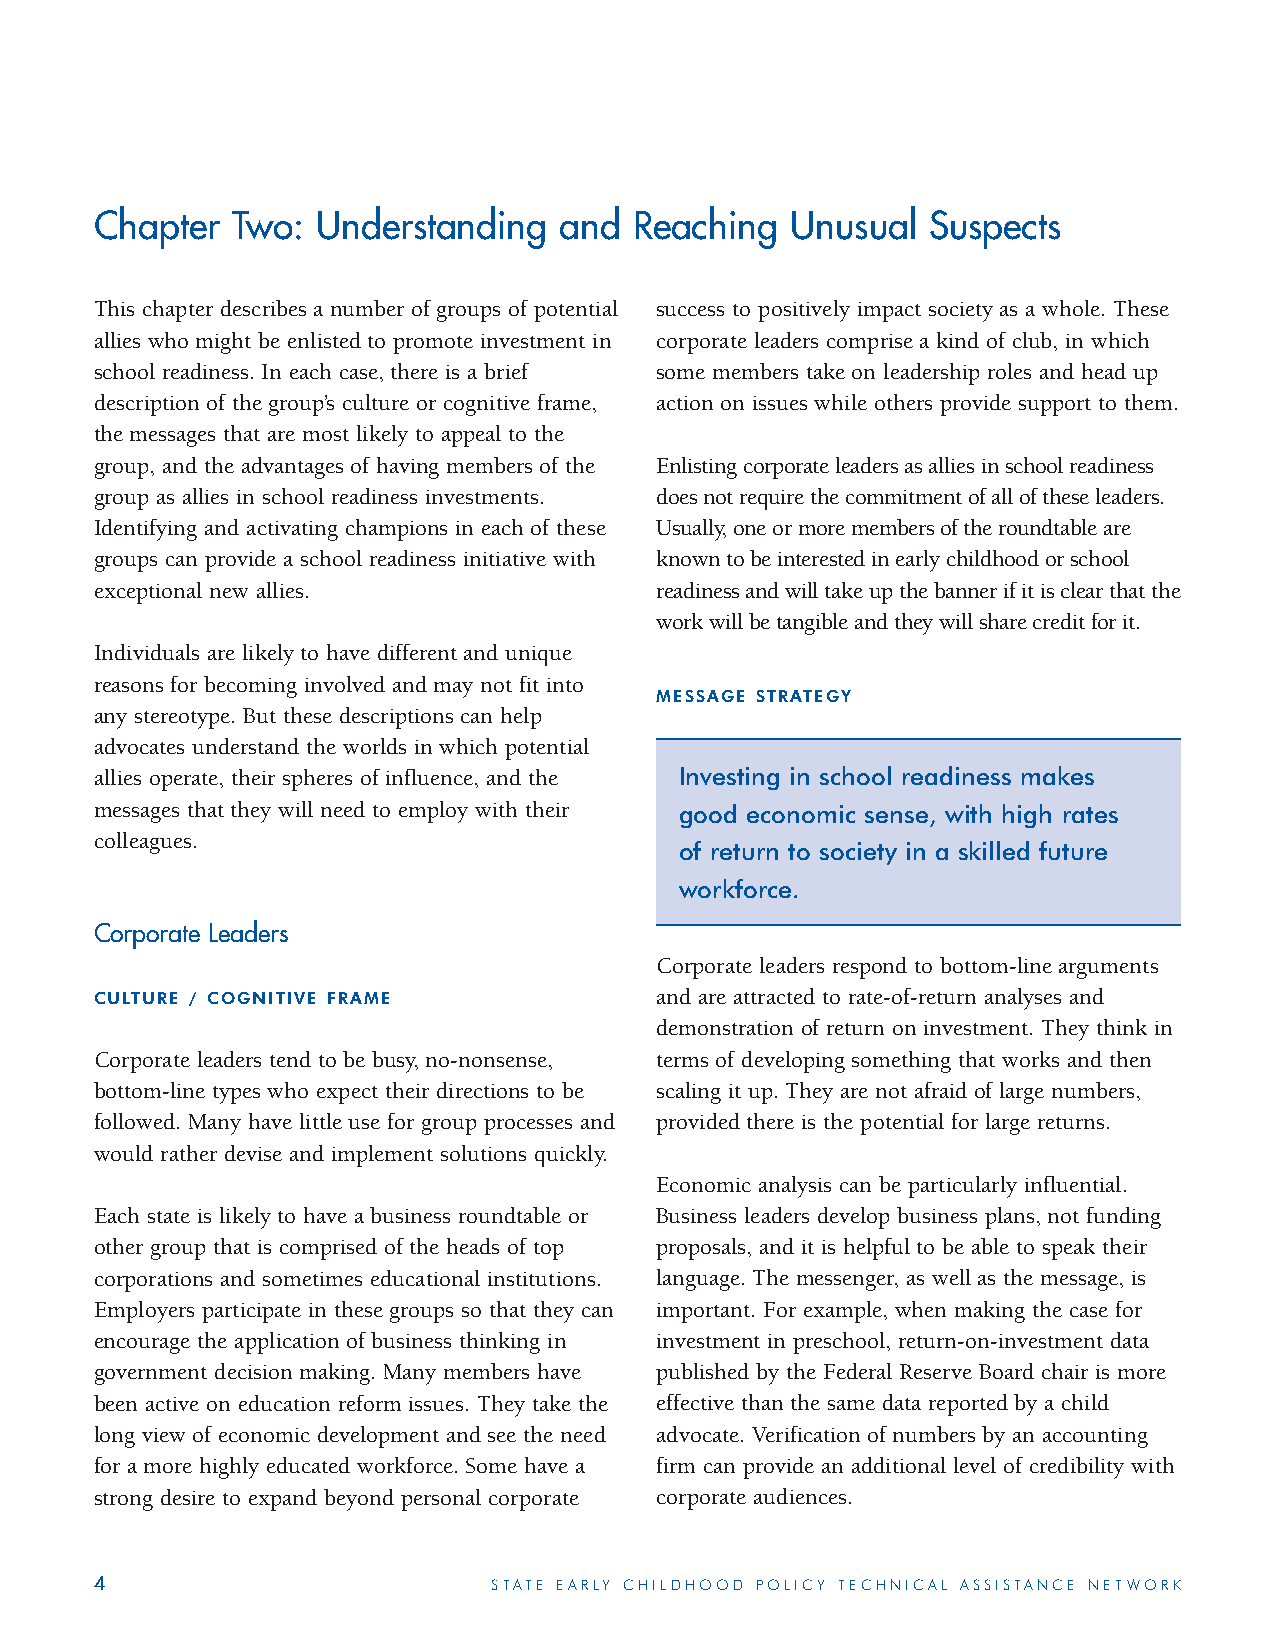
Chapter  Two:  Understanding   and  Reaching  Unusual   Suspects
 This chapter describes a number of groups of potential success to positively impact society as a whole. These
 allies who might be enlisted to promote investment in corporate leaders comprise a kind of club, in which
 school readiness. In each case, there is a brief some members take on leadership roles and head up
 description of the group’s culture or cognitive frame, action on issues while others provide support to them.
 the messages that are most likely to appeal to the
 group, and the advantages of having members of the Enlisting corporate leaders as allies in school readiness
 group as allies in school readiness investments. does not require the commitment of all of these leaders.
 Identifying and activating champions in each of these Usually, one or more members of the roundtable are
 groups can provide a school readiness initiative with known to be interested in early childhood or school
 exceptional new allies.              readiness and will take up the banner if it is clear that the
 work will be tangible and they will share credit for it.
 Individuals are likely to have different and unique
 reasons for becoming involved and may not fit into
 MESSAGE STRATEGY
 any stereotype. But these descriptions can help
 advocates understand the worlds in which potential
 allies operate, their spheres of influence, and the Investing in school readiness makes
 messages that they will need to employ with their good economic sense, with high rates
 colleagues.
 of return to society in a skilled future
 workforce.
 Corporate Leaders
 Corporate leaders respond to bottom-line arguments
 CULTURE / COGNITIVE FRAME            and are attracted to rate-of-return analyses and
 demonstration of return on investment. They think in
 Corporate leaders tend to be busy, no-nonsense, terms of developing something that works and then
 bottom-line types who expect their directions to be scaling it up. They are not afraid of large numbers,
 followed. Many have little use for group processes and provided there is the potential for large returns.
 would rather devise and implement solutions quickly.
 Economic analysis can be particularly influential.
 Each state is likely to have a business roundtable or Business leaders develop business plans, not funding
 other group that is comprised of the heads of top proposals, and it is helpful to be able to speak their
 corporations and sometimes educational institutions. language. The messenger, as well as the message, is
 Employers participate in these groups so that they can important. For example, when making the case for
 encourage the application of business thinking in investment in preschool, return-on-investment data
 government decision making. Many members have published by the Federal Reserve Board chair is more
 been active on education reform issues. They take the effective than the same data reported by a child
 long view of economic development and see the need advocate. Verification of numbers by an accounting
 for a more highly educated workforce. Some have a firm can provide an additional level of credibility with
 strong desire to expand beyond personal corporate corporate audiences.
 4                          STATE EARLY CHILDHOOD POLICY TECHNICAL ASSISTANCE NETWORK